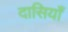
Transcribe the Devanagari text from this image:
दासियाँ